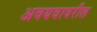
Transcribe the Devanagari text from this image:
अवयवावरील